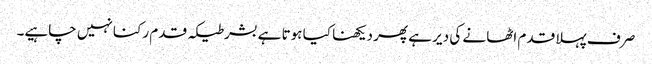
صر ف پہلا قدم اٹھا نے کی دیر ہے پھر دیکھنا کیا ہوتا ہے بشرطیکہ قدم رکنا نہیں چاہیے۔